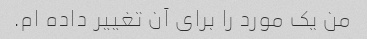
من یک مورد را برای آن تغییر داده ام.